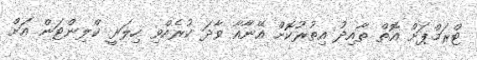
ޓްރަމްޕަށް އޮތް ތާއިދު އިތުރުކޮށް އޭނާއާ ވާދަ ކުރެއްވި ހިލަރީ ކްލިންޓަން އަށް